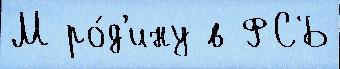
М ро́д'ину в ФСБ